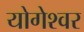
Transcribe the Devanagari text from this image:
योगेश्‍वर